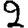
Digit: 2